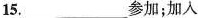
15.___参加；加入